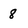
Character: 8